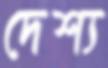
দেশ্য